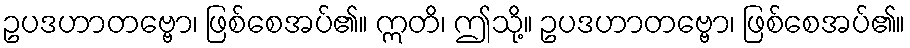
ဥပဒဟာတဗ္ဗော၊ ဖြစ်စေအပ်၏။ ဣတိ၊ ဤသို့။ ဥပဒဟာတဗ္ဗော၊ ဖြစ်စေအပ်၏။